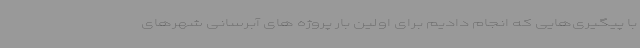
با پیگیری‌هایی که انجام دادیم برای اولین بار پروژه های آبرسانی شهرهای